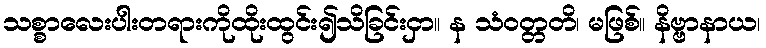
သစ္စာလေးပါးတရားကိုထိုးထွင်း၍သိခြင်းငှာ။ န သံဝတ္တတိ၊ မဖြစ်။ နိဗ္ဗာနာယ၊